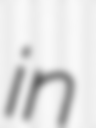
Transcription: in